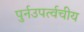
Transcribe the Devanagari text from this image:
पुर्नउपर्त्वचीय